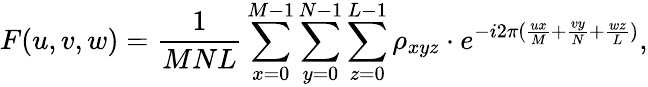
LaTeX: F(u,v,w)=\frac{1}{MNL}\sum_{x=0}^{M-1}\sum_{y=0}^{N-1}\sum_{z=0}^{L-1}\rho_{xyz}\cdot e^{-i2\pi(\frac{ux}{M}+\frac{vy}{N}+\frac{wz}{L})},